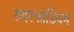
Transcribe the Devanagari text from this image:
रुदरफोर्डियम